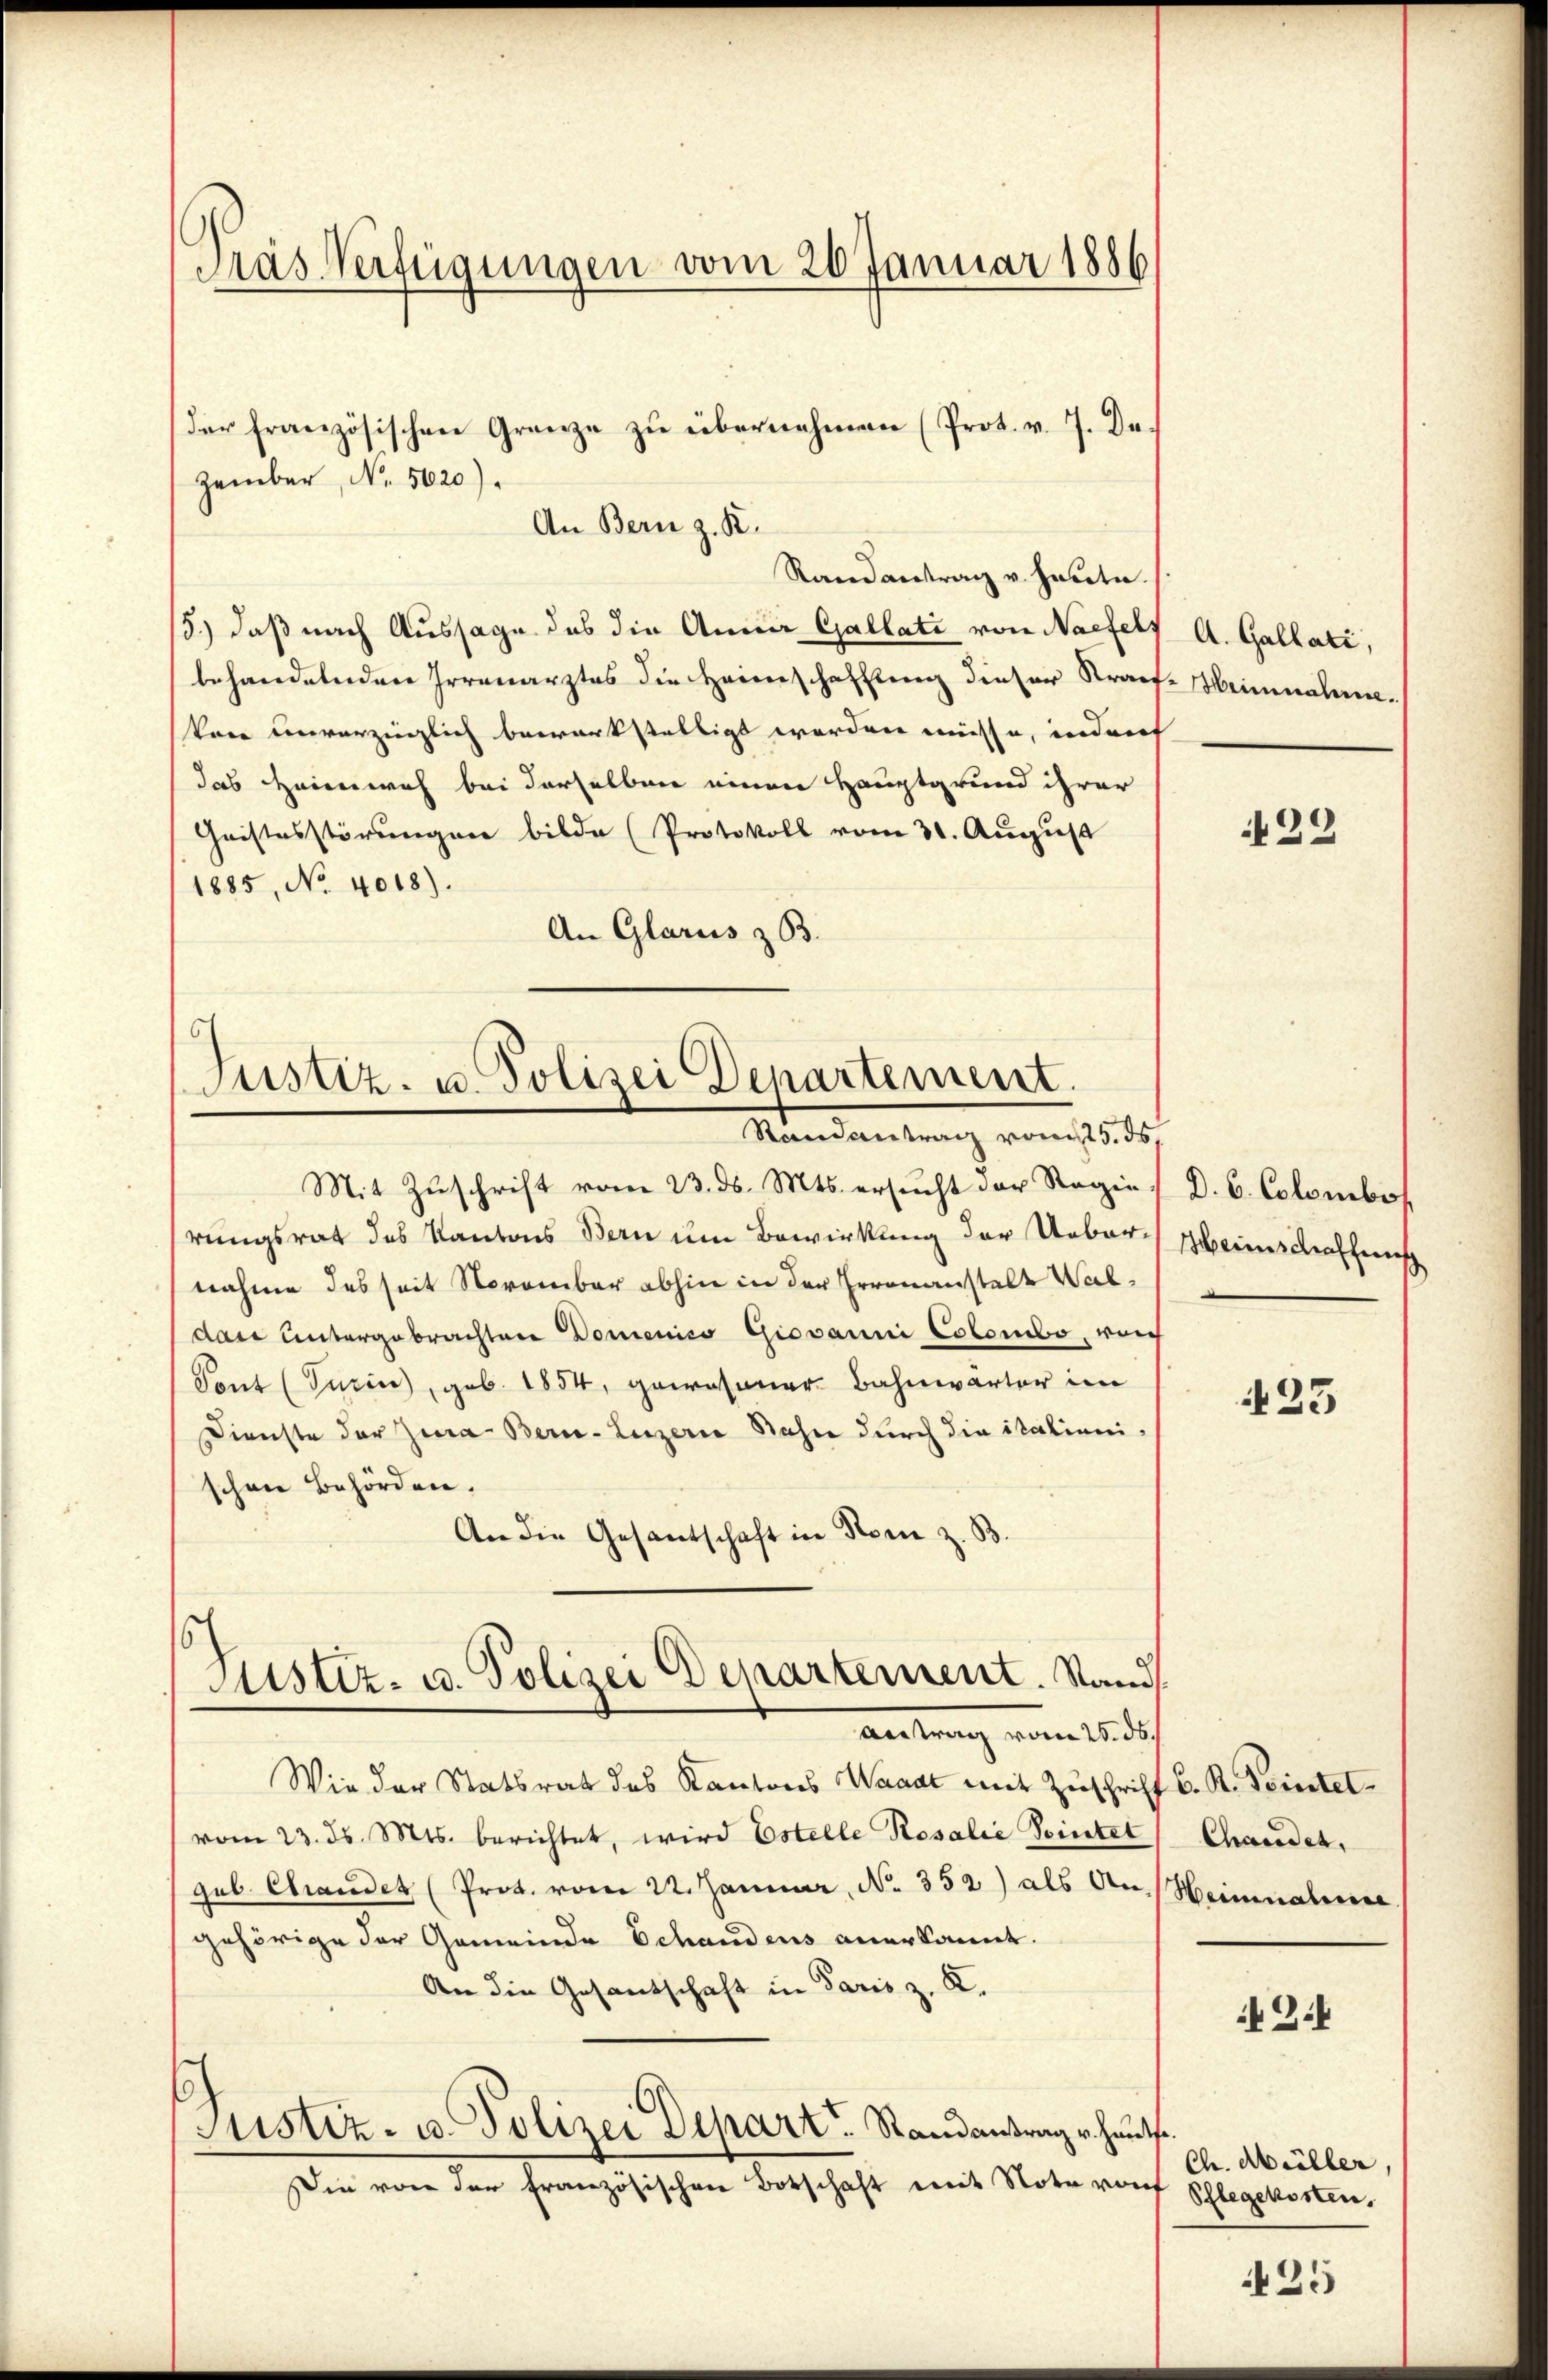
Pras Verfügungen vom 20. Januar 1886

An Bern z. K.
Randantrag v. heute.
3.) daß nach Aussage des die Annia Gallati von Nacfels
behandelnden Irrenarztes die Heinschaffung dieser Straf-Weinmalivon unverzinglich bewerkstelligt worden müsse, indurch
das Heimweh bei derselben einen Hauptgrund ihrer
Geistesstörungen bilde (Protokoll vom 31. August
1885, No 4018).
An Glarus z 53.

Zember, No. 5620).

der französischen Grenze zu übernehmen (Prot. v. 7. De

h
Justiz- u. Polizei Departement
Randantrag vom 25. ds.

h
Justiz- u. Polizei Departement. Stam
Antrag vom 16. de

Mit Zuschrift vom 23. ds. Mts. ersucht der Regie (D. C. Colombos
rungsrat des Kantons Bern um Bewirkung der Uebernahme des seit November abhin in der Erronanstalt Waldas untergebrachten Domenico Giovanni Colondo, reich
Pont (Turin, geb. 1854, gewesener Bahnwärter im
Dienste der Jura Bern. Luzern Bahn durch die italieni
schen Behörden.
An die Gesandschaft in Stern z. B.
Wie der Statsrat des Kantones Waadt mit Zuschrif
vom 23. ds. Mts. berichtet, wird Estelle Rosalie Pointet
geb. Chandet (Prot. vom 22. Januar, No. 352) als An
gehörige der Gemeinde Schandens anerkannt.
An die Gesantschaft in Paris z. K.
C
Sistiz- u. Polizei Separt. Randantrag v. Hautse.
Die von der französischen Botschaft mit Note von Schlegekosten,

A. Gallati,

429

Heimschaffens

423

f C. R. Pointel
Chanden,
Weinmalige

3.4

Ch. Müller,

425